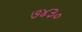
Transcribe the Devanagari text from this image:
७४३०